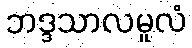
ဘဒ္ဒသာလမူလံ